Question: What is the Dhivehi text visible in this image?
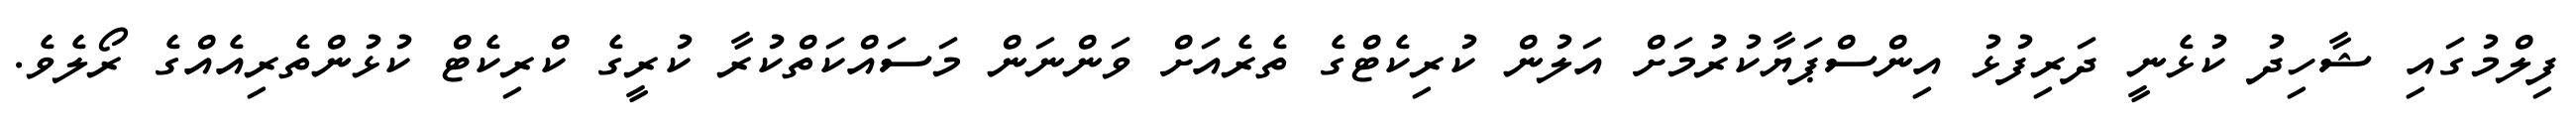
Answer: ފިލްމުގައި ޝާހިދު ކުޅެނީ ދަރިފުޅު އިންސްޕަޔާކުރުމަށް އަލުން ކުރިކެޓްގެ ތެރެއަށް ވަންނަން މަސައްކަތްކުރާ ކުރީގެ ކްރިކެޓް ކުޅުންތެރިއެއްގެ ރޯލެވެ.